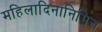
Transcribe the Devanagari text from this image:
महिलादिनानिमित्त